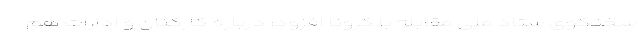
سخنگوی ستاد ملی مقابله با کرونا افزود: درباره کارکنان و ادارات هم